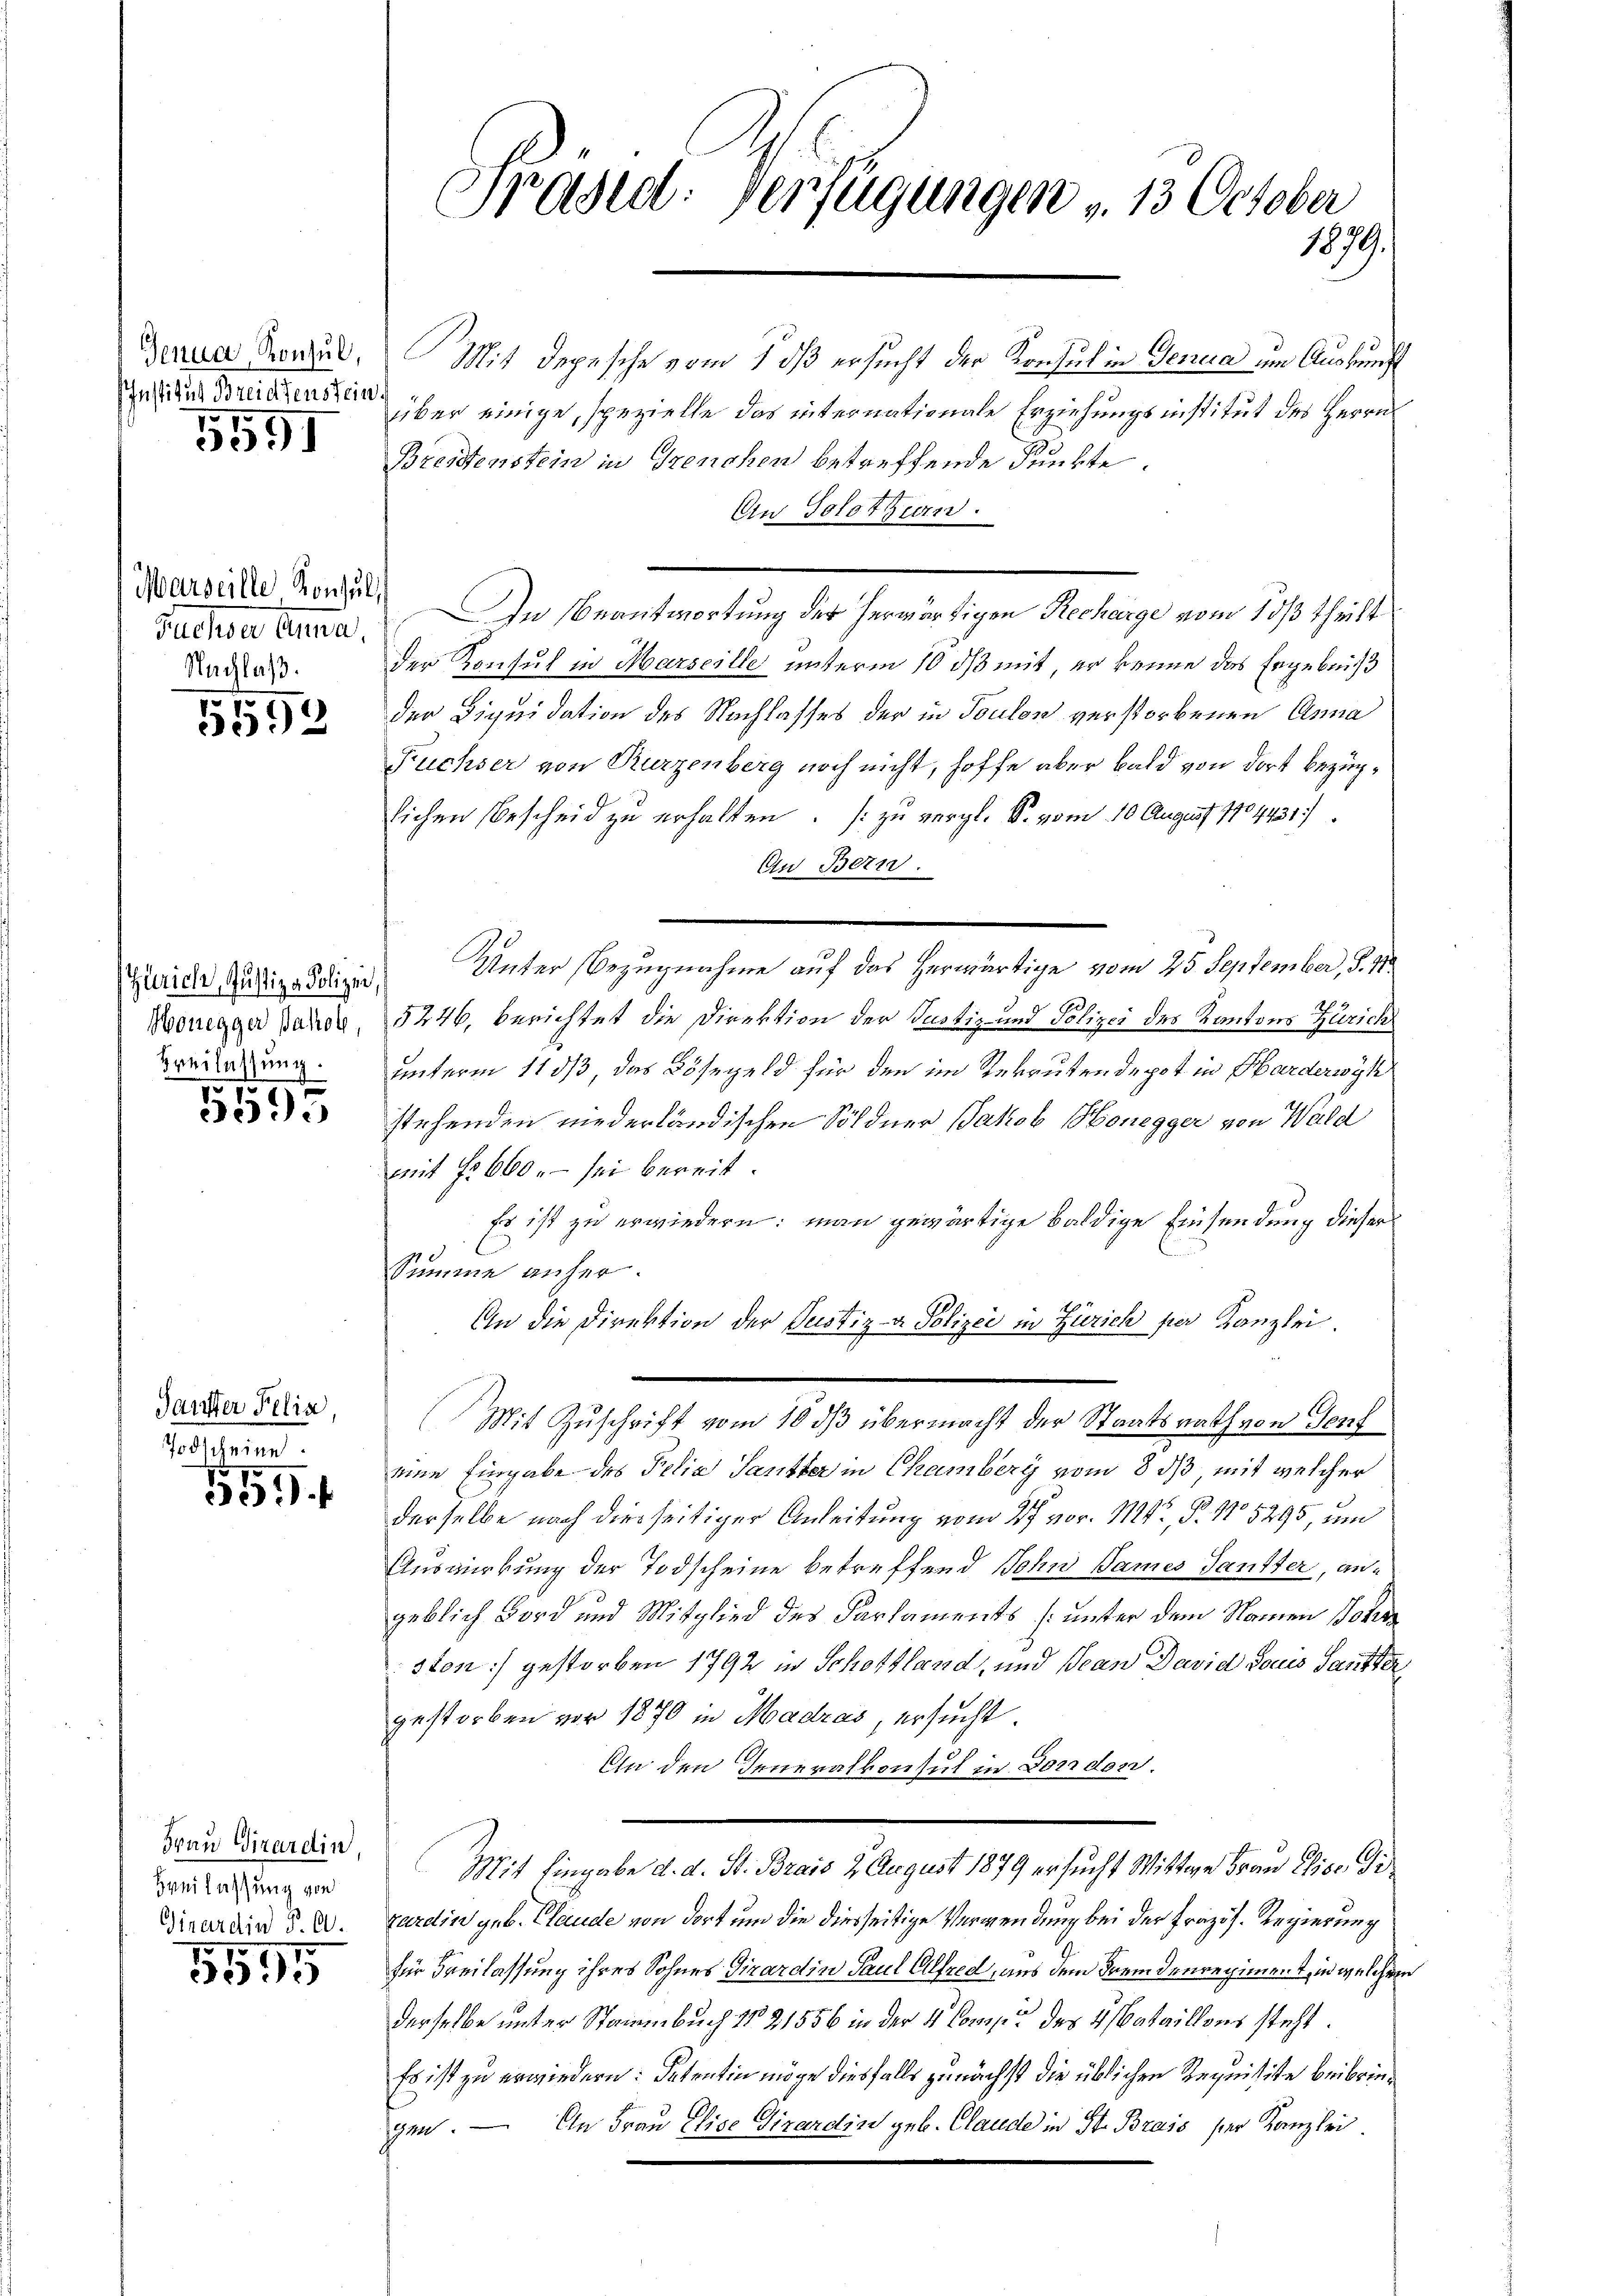
Genua, Konsul,
Institut Breidtenstein.

5551

Marseille Konsul,
Suchen Anna,
Nachlaß.

107
392

Zürich, Justiza Polizei,
Honegger Bahob,
Breilassung.

5595

Tanster Felin
Todscheine

559 f

Frau Girardin
Breilassung von
Girardin P. A.
1

de

Präsid. Verfügungen v. 13 October
1879.

Mit depesche vom 1 dß ersucht der Konsul in Genua im Auskunft
über einige, spezielle das internationale Erziehungsinstitut des Herrn
Breitenstein in Grenchen betreffende Punkte.
An Solothurn.
In Beantwortung der herwärtigen Recharge vom 10/3 theilt
der Konsul in Marseille unterm 10 ds mit, er kenne das Ergebniß
der Liquidation des Nachlasses der in Toulon verstorbenen Anna
Fuchser von Rurzenberg noch nicht, hoffe aber bald von dort bezüglichen Bescheid zu erhalten. (zu vergl. S. vom 10 August 1904431)
An Bern.
Unter Bezugnahme auf das herwärtige vom 25. September, S. 11.
5246, Berichtet die Direktion der Justiz- und Polizei des Kantons Zürich
unterm 113/3 das Bösegeld für den im Rekrutendepot in Harderwyl
stehenden niederländischen Söldner Jakob Honegger von Wald
mit § 660, – sei bereit.
Es ist zu erwiedern; man gewärtige baldige Einsendung dieser
Summe anher.
An die Direktion der Justiz- & Polizei in Zürich per Kanzlei
Mit Zuschrift vom 10 dß übermacht der Staatsrath von Genf
eine Eingabe des Pelia Santter in Chamberg vom 8 ds mit welcher
derselbe nach diesseitiger Anleitung vom 11t v. M. P. No 5295, um
Auswirkung der Todscheine betreffend Sohn Sames Gantter, angeblich Bord und Mitglied des Parlaments (unter dem Namen Joha
ston) gestorben 1792 in Schottland, und Jean David daus Sanften
gestorben vor 1870 in Madzas, ersucht.
In den Generalkonsul in Dordon.
Mit Eingabe d. d. St. Brais 2. August 1879 ersucht Wittwe Frau Elise Dizardin geb. Claude von dort um die diesseitige Verwendung bei der Prazös. Regierung
für Freilassung ihres Sohnes Girardin Paul Alfred, aus dem Fremdenregiment, in welchem
derselbe unter Staimbuch No 21556 in der 4 Comise des Bataillons steht.
Es ist zu erwiedern: Setentin möge diesfalls zunächst die üblichen Requisite beibringen. — An Frau Elise Girardin geb. Claude in St. Brass der Kanzlei